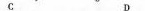
C D